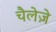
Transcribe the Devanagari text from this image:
चैलेज़े